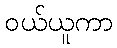
ဝယ်ယူကာ